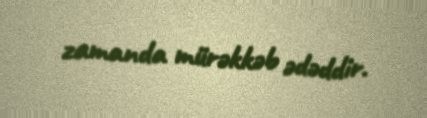
zamanda mürəkkəb ədəddir.